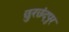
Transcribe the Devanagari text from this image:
छुरछंदपुर